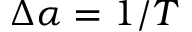
\Delta \alpha = 1 / T